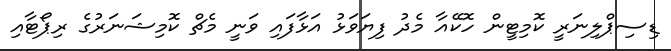
ޑިސިޕްލިނަރީ ކޮމިޓީން ހޮކޭއާ މެދު ފިޔަވަޅު އަޅާފައި ވަނީ މެޗް ކޮމިޝަނަރުގެ ރިޕޯޓާއި